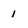
Character: 1